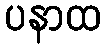
ပနာထ